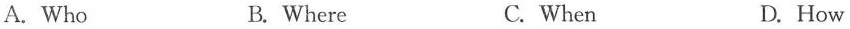
A.Who B.Where C.When D.How